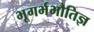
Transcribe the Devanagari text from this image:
भूगर्भभौतिज्ञ